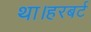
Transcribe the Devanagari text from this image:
था।हरबर्ट